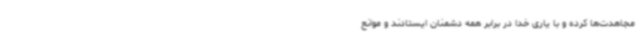
مجاهدت‌ها کرده و با یاری خدا در برابر همه دشمنان ایستادند و موانع